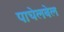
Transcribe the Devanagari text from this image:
पाचेलबेल